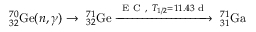
^ { 7 0 } _ { 3 2 } \mathrm { G e } ( n , \gamma ) \rightarrow \ _ { 3 2 } ^ { 7 1 } \mathrm { G e } \xrightarrow { \mathrm { ~ E ~ C ~ , ~ } T _ { 1 / 2 } = 1 1 . 4 3 \mathrm { ~ d ~ } } \ _ { 3 1 } ^ { 7 1 } \mathrm { G a }